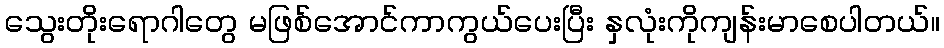
သွေးတိုးရောဂါတွေ မဖြစ်အောင်ကာကွယ်ပေးပြီး နှလုံးကိုကျန်းမာစေပါတယ်။